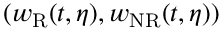
( w _ { \mathrm { R } } ( t , \eta ) , w _ { \mathrm { N R } } ( t , \eta ) )